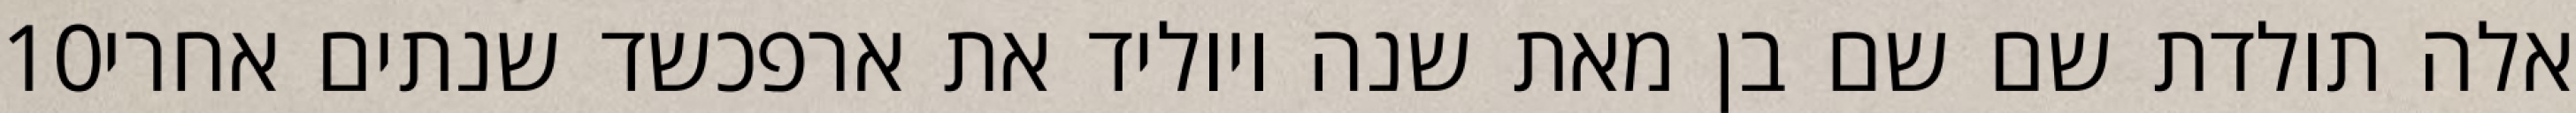
‎10‏ אלה תולדת שם שם בן מאת שנה ויוליד את ארפכשד שנתים אחרי